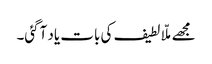
مجھے ملّا لطیف کی بات یاد آگئی۔